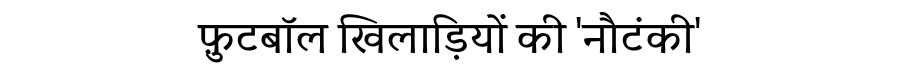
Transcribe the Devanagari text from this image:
फ़ुटबॉल खिलाड़ियों की 'नौटंकी'